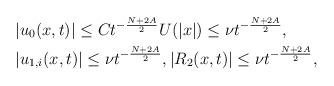
LaTeX: \begin{align*} & \left|u_0(x,t)\right|\le Ct^{-\frac{N+2A}{2}}U(|x|)\le \nu t^{-\frac{N+2A}{2}},\\ & \left|u_{1,i}(x,t)\right|\le \nu t^{-\frac{N+2A}{2}}, |R_2(x,t)|\le \nu t^{-\frac{N+2A}{2}},\end{align*}